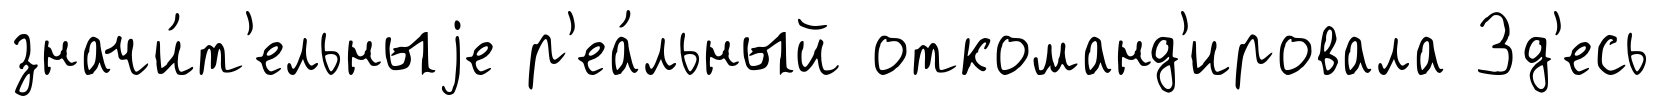
значи́т'ельныjе р'еа́льный откоманд'ировала Зд'есь